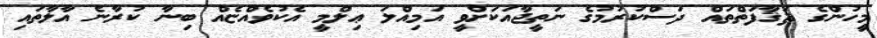
މީހުންގެ ޘަޤާފަތްތައް ދަސްކުރުމުގެ ނަތީޖާއަކަށްވީ އަމިއްލަ ޢިލްމީ އެކުވެއްޏެއް ބިނާ ކުރާނެ އާލާތައި